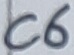
Text: C6